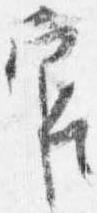
官